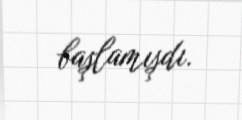
başlamışdı.